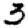
Digit: 3